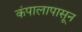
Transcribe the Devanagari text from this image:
कंपालापासून